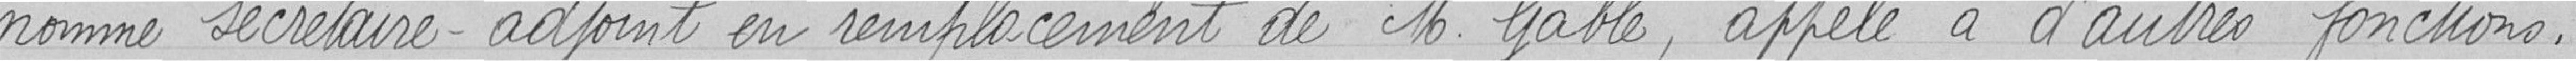
nommé Secrétaire-adjoint en remplacement de M. Gable, appelé à d'autres fonctions.